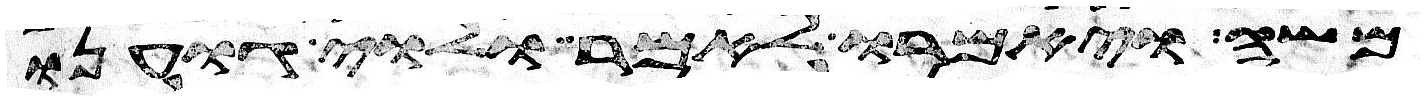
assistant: משה ויאמרו לאמר ולוי גוענו